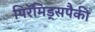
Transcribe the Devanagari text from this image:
पिरॅमिड्सपैकी